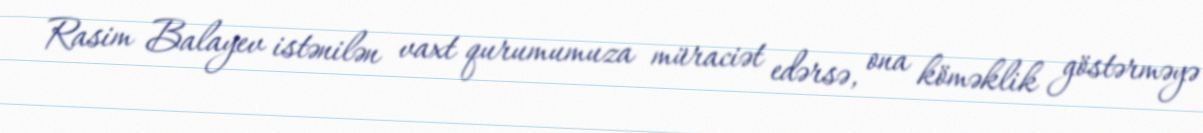
Rasim Balayev istənilən vaxt qurumumuza müraciət edərsə, ona köməklik göstərməyə